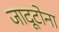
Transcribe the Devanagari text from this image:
जादूटोना